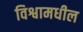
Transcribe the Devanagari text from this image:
विश्वामधील